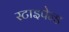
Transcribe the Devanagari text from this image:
स्टाइपेन्ड